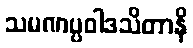
သမဏပ္ပဝါဒသိတာနိ